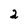
Character: 2